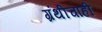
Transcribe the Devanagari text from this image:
ग्रंथीचाही